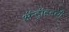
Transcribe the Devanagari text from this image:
ॲन्ड्रॉइडची